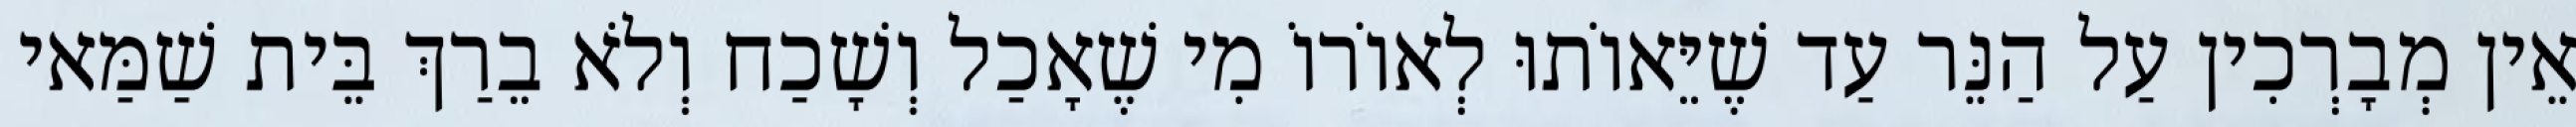
אֵין מְבָרְכִין עַל הַנֵּר עַד שֶׁיֵּאוֹתוּ לְאוֹרוֹ מִי שֶׁאָכַל וְשָׁכַח וְלֹא בֵרַךְ בֵּית שַׁמַּאי